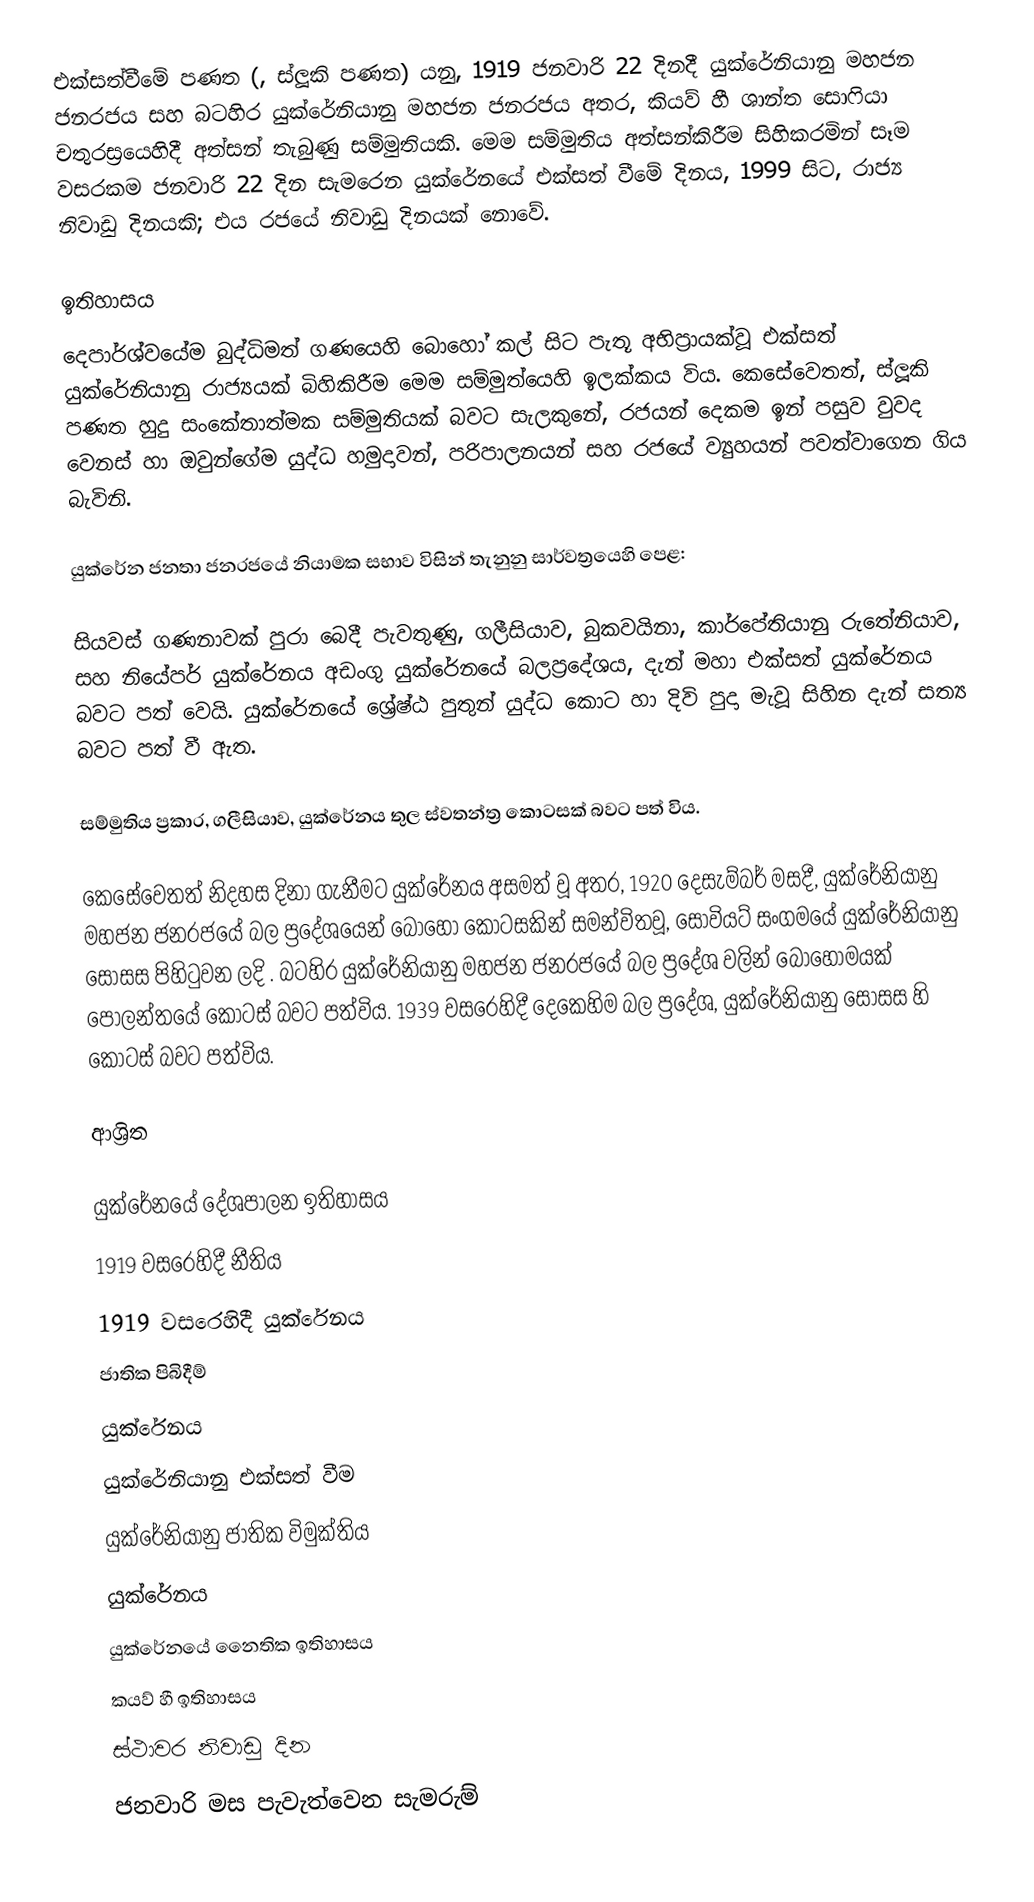
එක්සත්වීමේ පණත (, ස්ලූකි පණත) යනු, 1919 ජනවාරි 22 දිනදී  යුක්රේනියානු මහජන ජනරජය සහ බටහිර යුක්රේනියානු මහජන ජනරජය අතර,  කියව් හී  ශාන්ත සොෆියා චතුරස්‍රයෙහිදී අත්සන් තැබුණු සම්මුතියකි. මෙම සම්මුතිය අත්සන්කිරීම සිහිකරමින් සෑම වසරකම ජනවාරි 22 දින සැමරෙන යුක්රේනයේ එක්සත් වීමේ දිනය, 1999 සිට, රාජ්‍ය නිවාඩු දිනයකි; එය රජයේ නිවාඩු දිනයක් නොවේ.

ඉතිහාසය
දෙපාර්ශ්වයේම බුද්ධිමත් ගණයෙහි බොහෝ කල් සිට පැතූ අභිප්‍රායක්වූ එක්සත් යුක්රේනියානු රාජ්‍යයක් බිහිකිරීම මෙම සම්මුත්යෙහි ඉලක්කය විය.  කෙසේවෙතත්, ස්ලූකි පණත හුදු සංකේතාත්මක සම්මුතියක් බවට සැලකුනේ, රජයන් දෙකම ඉන් පසුව වුවද වෙනස් හා ඔවුන්ගේම යුද්ධ හමුදාවන්, පරිපාලනයන් සහ රජයේ ව්‍යුහයන් පවත්වාගෙන ගිය බැවිනි.

යුක්රේන ජනතා ජනරජයේ නියාමක සභාව විසින් තැනුනු  සාර්වත්‍රයෙහි පෙළ:

සියවස් ගණනාවක් පුරා බෙදී පැවතුණු,  ගලීසියාව, බුකවයිනා, කාර්පේතියානු රුතේනියාව, සහ  නියේපර් යුක්රේනය  අඩංගු යුක්රේනයේ බලප්‍රදේශය, දැන් මහා එක්සත් යුක්රේනය බවට පත් වෙයි. යුක්රේනයේ ශ්‍රේෂ්ඨ පුතුන් යුද්ධ කොට  හා දිවි පුදා මැවූ සිහින දැන් සත්‍ය බවට පත් වී ඇත.

සම්මුතිය ප්‍රකාර, ගලීසියාව, යුක්රේනය තුල ස්වතන්ත්‍ර කොටසක් බවට පත් විය.

කෙසේවෙතත් නිදහස දිනා ගැනීමට යුක්රේනය අසමත් වූ අතර, 1920 දෙසැම්බර් මසදී, යුක්රේනියානු මහජන ජනරජයේ බල ප්‍රදේශයෙන් බොහෝ කොටසකින් සමන්විතවූ,  සෝවියට් සංගමයේ යුක්රේනියානු සෝසස පිහිටුවන ලදි . බටහිර යුක්රේනියානු මහජන ජනරජයේ බල ප්‍රදේශ වලින් බොහෝමයක් පෝලන්තයේ කොටස් බවට පත්විය. 1939 වසරෙහිදී දෙකෙහිම බල ප්‍රදේශ, යුක්රේනියානු සෝසස හි කොටස් බවට පත්විය.

ආශ්‍රිත

යුක්රේනයේ දේශපාලන ඉතිහාසය
1919 වසරෙහිදී නීතිය
1919 වසරෙහිදී යුක්රේනය
ජාතික පිබිදීම්
යුක්රේනය
යුක්රේනියානු එක්සත් වීම
යුක්රේනියානු ජාතික විමුක්තිය
යුක්රේනය
යුක්රේනයේ නෛතික ඉතිහාසය
කයව් හී ඉතිහාසය
ස්ථාවර නිවාඩු දින
ජනවාරි මස පැවැත්වෙන සැමරුම්